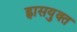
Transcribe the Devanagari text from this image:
ह्रासयुक्त